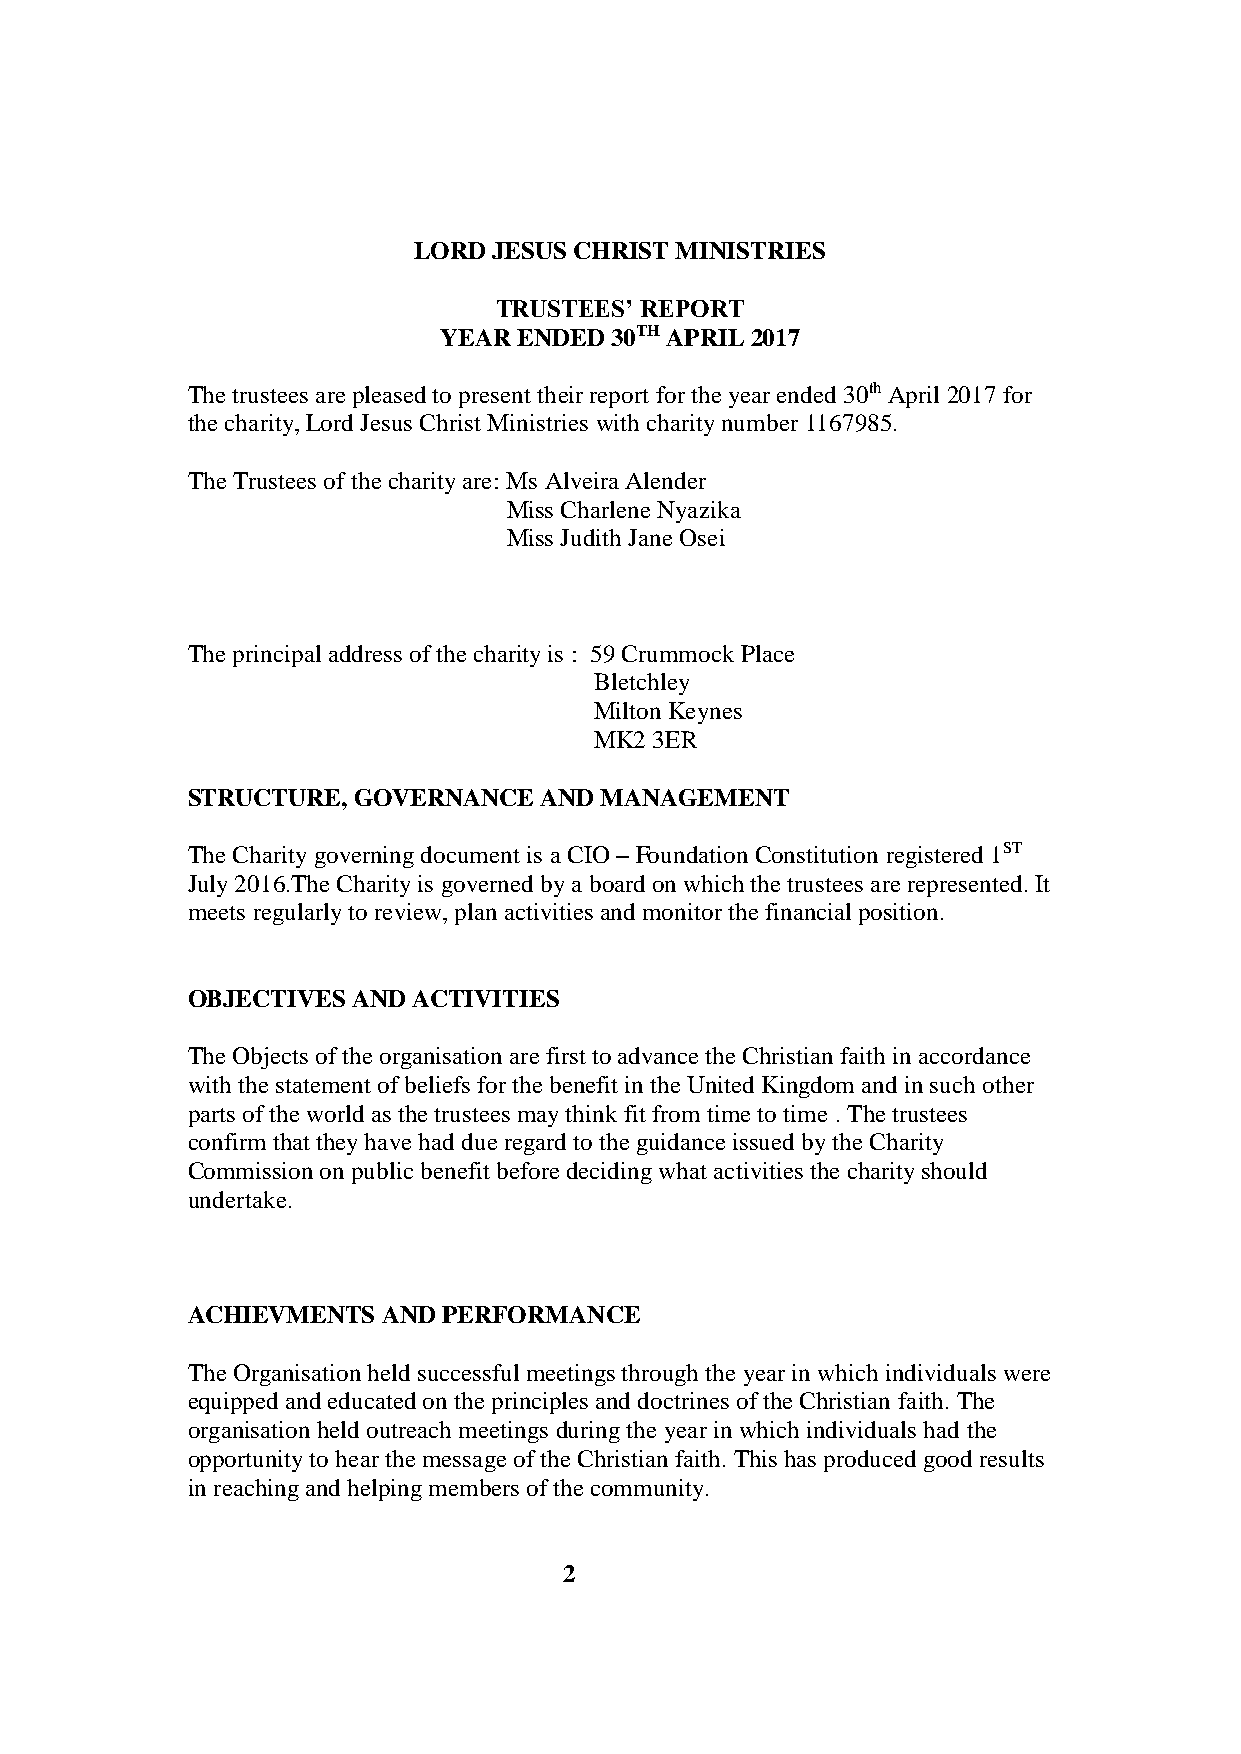
LORD  JESUS CHRIST MINISTRIES
 TRUSTEES’ REPORT
 YEAR ENDED 30TH APRIL 2017
 The trustees are pleased to present their report for the year ended 30th April 2017 for
 the charity, Lord Jesus Christ Ministries with charity number 1167985.
 The Trustees of the charity are: Ms Alveira Alender
 Miss Charlene Nyazika
 Miss Judith Jane Osei
 The principal address of the charity is : 59 Crummock Place
 Bletchley
 Milton Keynes
 MK2 3ER
 STRUCTURE, GOVERNANCE   AND MANAGEMENT
 The Charity governing document is a CIO – Foundation Constitution registered 1ST
 July 2016.The Charity is governed by a board on which the trustees are represented. It
 meets regularly to review, plan activities and monitor the financial position.
 OBJECTIVES AND ACTIVITIES
 The Objects of the organisation are first to advance the Christian faith in accordance
 with the statement of beliefs for the benefit in the United Kingdom and in such other
 parts of the world as the trustees may think fit from time to time . The trustees
 confirm that they have had due regard to the guidance issued by the Charity
 Commission on public benefit before deciding what activities the charity should
 undertake.
 ACHIEVMENTS  AND PERFORMANCE
 The Organisation held successful meetings through the year in which individuals were
 equipped and educated on the principles and doctrines of the Christian faith. The
 organisation held outreach meetings during the year in which individuals had the
 opportunity to hear the message of the Christian faith. This has produced good results
 in reaching and helping members of the community.
 2